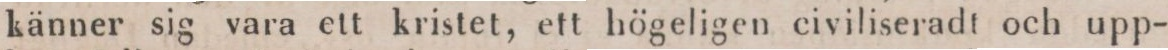
känner sig vara ett kristet, ett högeligen civiliseradt och upp-